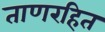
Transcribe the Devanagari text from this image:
ताणरहित